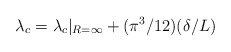
\begin{align*}\lambda_c =\lambda_{c}|_{R=\infty}+(\pi^3 /12)(\delta /L)\end{align*}